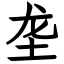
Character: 垄